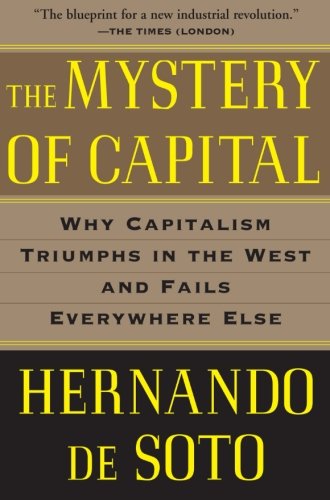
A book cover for The Mystery of Capital: Why Capitalism Triumphs in the West and Fails Everywhere Else; Hernando De Soto; Business & Money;